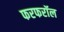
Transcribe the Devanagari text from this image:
फरफरॉल